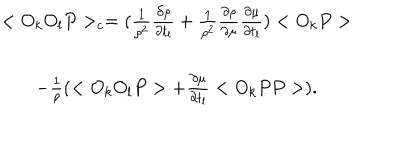
LaTeX: \begin{array} { c } { { < O _ { k } O _ { l } P > _ { c } = ( \frac { 1 } { \rho ^ { 2 } } \frac { \partial \rho } { \partial t _ { l } } + \frac { 1 } { \rho ^ { 2 } } \frac { \partial \rho } { \partial \mu } \frac { \partial \mu } { \partial t _ { l } } ) < O _ { k } P > } } \\ { { - \frac { 1 } { \rho } ( < O _ { k } O _ { l } P > + \frac { \partial \mu } { \partial t _ { l } } < O _ { k } P P > ) . } } \\ \end{array}